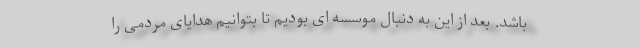
باشد. بعد از این به دنبال موسسه ای بودیم تا بتوانیم هدایای مردمی را